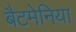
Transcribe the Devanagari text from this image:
बैटमेनिया